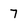
Character: 7